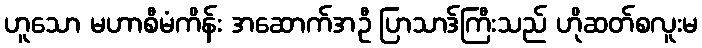
ဟူသော မဟာစီမံကိန်း အဆောက်အဦ ပြာသာဒ်ကြီးသည် ဟိုဆတ်စလူးမ